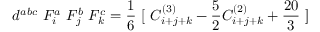
d ^ { a b c } ~ F _ { i } ^ { a } ~ F _ { j } ^ { b } ~ F _ { k } ^ { c } = \frac { 1 } { 6 } ~ [ ~ C _ { i + j + k } ^ { ( 3 ) } - \frac { 5 } { 2 } C _ { i + j + k } ^ { ( 2 ) } + \frac { 2 0 } { 3 } ~ ]